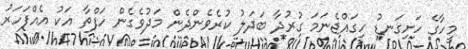
މީހާގެ ހަށިގަނޑު ހިގައްޖެނަމަ ގުރުދާ ބަދަލު ކުރެވެންދެން މަދުވެގެން ހަފްތާ އަކު އެއްފަހަރު